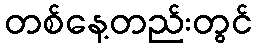
တစ်နေ့တည်းတွင်